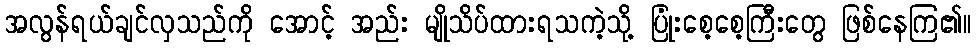
အလွန်ရယ်ချင်လှသည်ကို အောင့် အည်း မျိုသိပ်ထားရသကဲ့သို့ ပြုံးစေ့စေ့ကြီးတွေ ဖြစ်နေကြ၏။